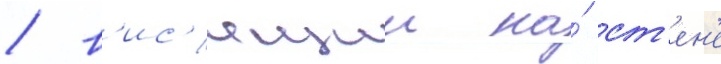
/ в'ис'ящии на́ ст'ен'е